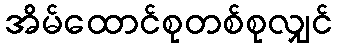
အိမ်ထောင်စုတစ်စုလျှင်